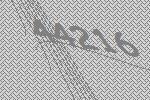
44216